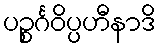
ပဉ္စင်္ဂဝိပ္ပဟီနာဒိ